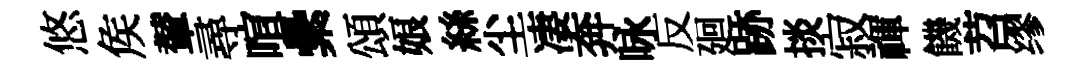
悠矦輦尋喧纍頌娘絲尘凄奔咏反廻跡掞寂禈饑苕缪